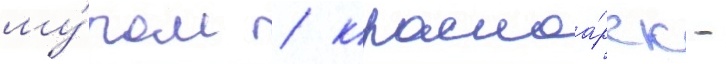
му́ром / красноа́рск -